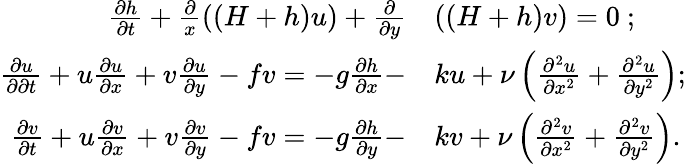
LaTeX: \begin{array}{rl}{\frac{\partial h}{\partial t}+\frac{\partial}{x}\left((H+h)u\right)+\frac{\partial}{\partial y}}&{\left((H+h)v\right)=0\ ;}\\ {\frac{\partial u}{\partial\partial t}+u\frac{\partial u}{\partial x}+v\frac{\partial u}{\partial y}-fv=-g\frac{\partial h}{\partial x}-}&{ku+\nu\left(\frac{\partial^{2}u}{\partial x^{2}}+\frac{\partial^{2}u}{\partial y^{2}}\right);}\\ {\frac{\partial v}{\partial t}+u\frac{\partial v}{\partial x}+v\frac{\partial v}{\partial y}-fv=-g\frac{\partial h}{\partial y}-}&{kv+\nu\left(\frac{\partial^{2}v}{\partial x^{2}}+\frac{\partial^{2}v}{\partial y^{2}}\right).}\end{array}